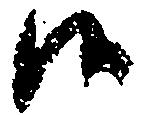
候